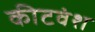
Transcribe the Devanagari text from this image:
कीटवंश